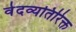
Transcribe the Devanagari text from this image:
वेदव्यतिरिक्त